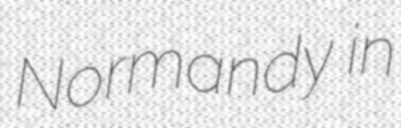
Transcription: Normandy in